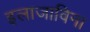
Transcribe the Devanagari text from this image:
इलाजाविना